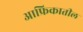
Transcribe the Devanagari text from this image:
आफ्रिकातील